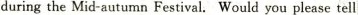
dluring the Mid-autumn Festival. Would you please tell